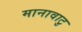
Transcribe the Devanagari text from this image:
मानावाटु